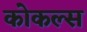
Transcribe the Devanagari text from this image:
कोकल्स